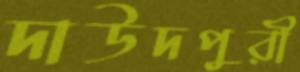
দাউদপুরী